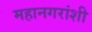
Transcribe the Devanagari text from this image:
महानगरांशी